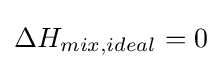
\Delta H_{mix,ideal}=0